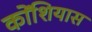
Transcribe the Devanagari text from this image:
कोंशियास